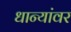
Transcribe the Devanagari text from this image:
धान्यांवर